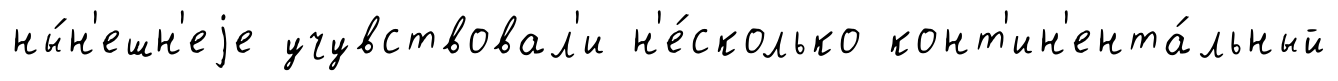
ны́н'ешн'еjе учувствовал'и н'е́сколько конт'ин'ента́льный